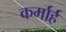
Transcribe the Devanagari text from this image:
कर्मार्ह